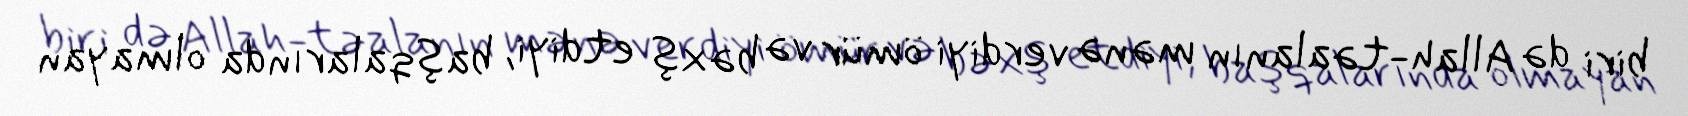
biri də Allah-təalanın mənə verdiyi ömür və bəxş etdiyi, başqalarında olmayan